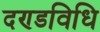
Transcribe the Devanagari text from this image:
दण्डविधि